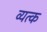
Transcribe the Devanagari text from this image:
व्यत्क